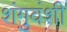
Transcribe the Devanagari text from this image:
शंगुवंशी